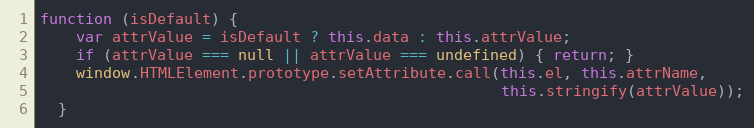
Language: JavaScript
function (isDefault) {
    var attrValue = isDefault ? this.data : this.attrValue;
    if (attrValue === null || attrValue === undefined) { return; }
    window.HTMLElement.prototype.setAttribute.call(this.el, this.attrName,
                                                   this.stringify(attrValue));
  }